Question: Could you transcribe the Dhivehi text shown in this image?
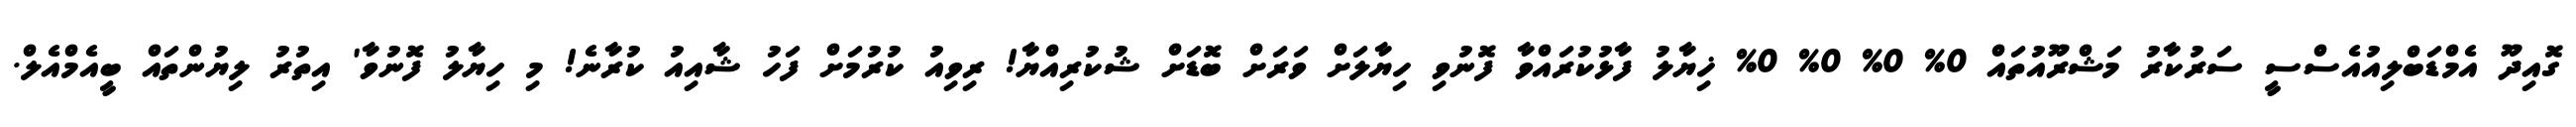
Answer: ގޮއިދޫ އެމްޑަބްލިއުއެސްސީ ސަރުކާރު މަޝްރޫއުތައް 0% 0% 0% 0% ޚިޔާލު ފާޅުކުރައްވާ ފޮނުވި ހިޔާލަށް ވަރަށް ބޮޑަށް ޝުކުރިއްޔާ! ރިވިއު ކުރުމަށް ފަހު ޝާއިއު ކުރާނެ! މި ހިޔާލު ފޮނުވާ' އިތުރު ލިޔުންތައް ބީއެމްއެލް.